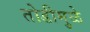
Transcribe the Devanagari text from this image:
तोडीमुळे